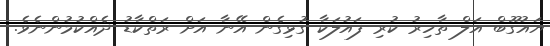
ޔައުގޫބް އަލް ތާހިރު ކުރި ފައުލަކާ ގުޅިގެން އޭނާ އަށް ރަތްކާޑު ދެއްކުމުންނެވެ.